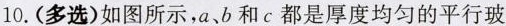
10.(多选)如图所示，a、b和c都是厚度均匀的平行玻